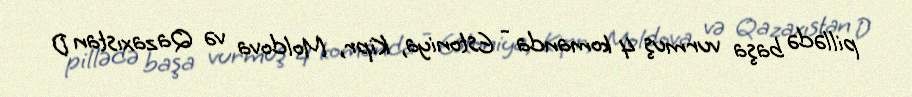
pillədə başa vurmuş 4 komanda - Estoniya, Kipr, Moldova və Qazaxıstan D